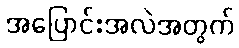
အပြောင်းအလဲအတွက်